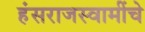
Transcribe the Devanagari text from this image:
हंसराजस्वामींचे